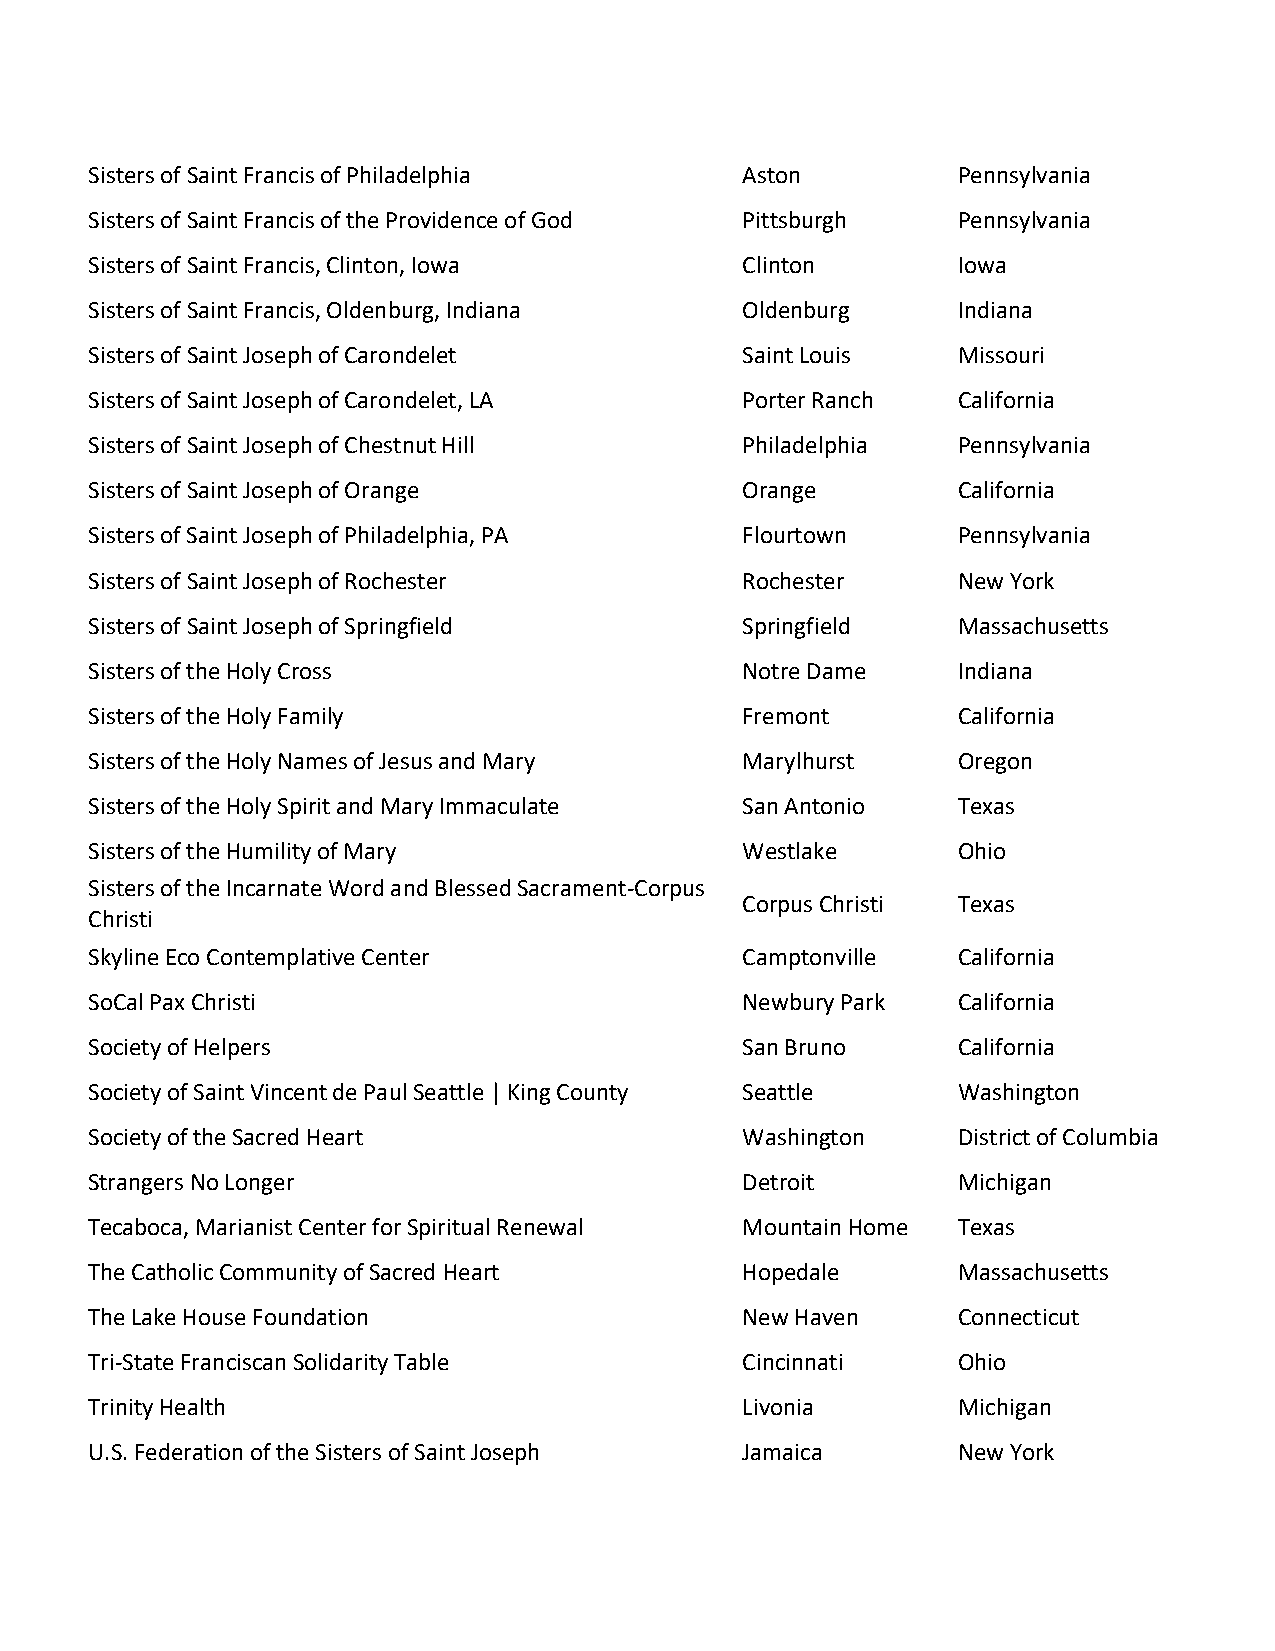
Sisters of Saint Francis of Philadelphia   Aston         Pennsylvania
 Sisters of Saint Francis of the Providence of God Pittsburgh Pennsylvania
 Sisters of Saint Francis, Clinton, Iowa    Clinton       Iowa
 Sisters of Saint Francis, Oldenburg, Indiana Oldenburg   Indiana
 Sisters of Saint Joseph of Carondelet      Saint Louis   Missouri
 Sisters of Saint Joseph of Carondelet, LA  Porter Ranch  California
 Sisters of Saint Joseph of Chestnut Hill   Philadelphia  Pennsylvania
 Sisters of Saint Joseph of Orange          Orange        California
 Sisters of Saint Joseph of Philadelphia, PA Flourtown    Pennsylvania
 Sisters of Saint Joseph of Rochester       Rochester     New York
 Sisters of Saint Joseph of Springfield     Springfield   Massachusetts
 Sisters of the Holy Cross                  Notre Dame    Indiana
 Sisters of the Holy Family                 Fremont       California
 Sisters of the Holy Names of Jesus and Mary Marylhurst   Oregon
 Sisters of the Holy Spirit and Mary Immaculate San Antonio Texas
 Sisters of the Humility of Mary            Westlake      Ohio
 Sisters of the Incarnate Word and Blessed Sacrament-Corpus
 Corpus Christi Texas
 Christi
 Skyline Eco Contemplative Center           Camptonville  California
 SoCal Pax Christi                          Newbury Park  California
 Society of Helpers                         San Bruno     California
 Society of Saint Vincent de Paul Seattle | King County Seattle Washington
 Society of the Sacred Heart                Washington    District of Columbia
 Strangers No Longer                        Detroit       Michigan
 Tecaboca, Marianist Center for Spiritual Renewal Mountain Home Texas
 The Catholic Community of Sacred Heart     Hopedale      Massachusetts
 The Lake House Foundation                  New Haven     Connecticut
 Tri-State Franciscan Solidarity Table      Cincinnati    Ohio
 Trinity Health                             Livonia       Michigan
 U.S. Federation of the Sisters of Saint Joseph Jamaica   New York